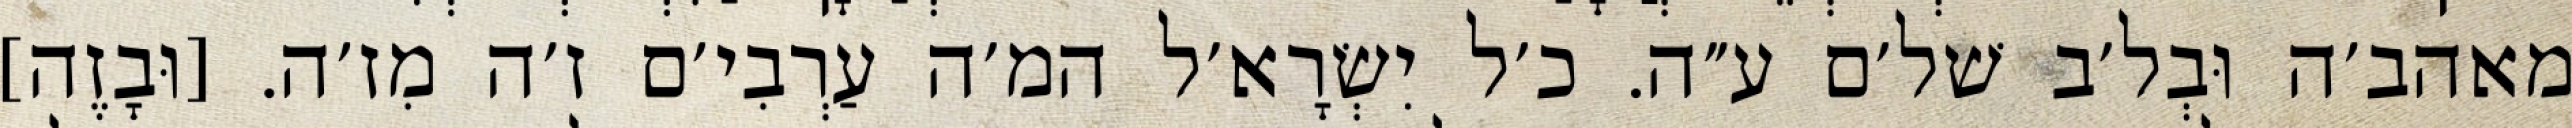
מאהב׳ה וּבְל׳ב שׁל׳ם ע״ה. כ׳ל יִשְׂרָא׳ל המ׳ה עַרְבִי׳ם ז׳ה מִז׳ה. [וּבָזֶה]